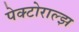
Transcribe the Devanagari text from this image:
पेक्टोराल्झ